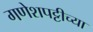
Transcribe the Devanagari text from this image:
गणेशपट्टीच्या